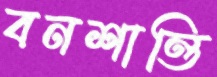
বনশান্তি